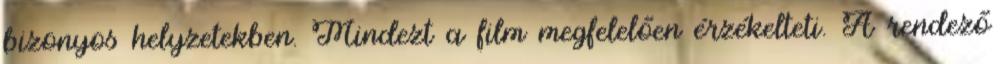
bizonyos helyzetekben. Mindezt a film megfelelően érzékelteti. A rendező